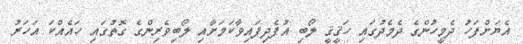
އެޔަށްފަހު ދެމީހުންގެ ދެމެދުގައި ހަޤީޤީ ލޯބި އުފެދިފައިވާކަމަށާއި ލޯބިވެރިންގެ ގޮތުގައި ހައެއްކަ އަހަރު